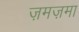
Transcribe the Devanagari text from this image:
ज़मज़मा